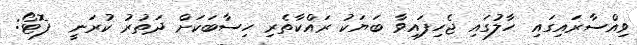
ވިއްސާރައިގައި ހާލުގައި ޖެހިފައިވާ ބަޔަކު ރައްކާތެރި ހިސާބަކަށް ދަތުރު ކުރަނީ  ފޮޓޯ: